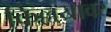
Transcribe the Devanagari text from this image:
किल्लयावर